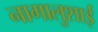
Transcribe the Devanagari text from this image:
नागालुशाई